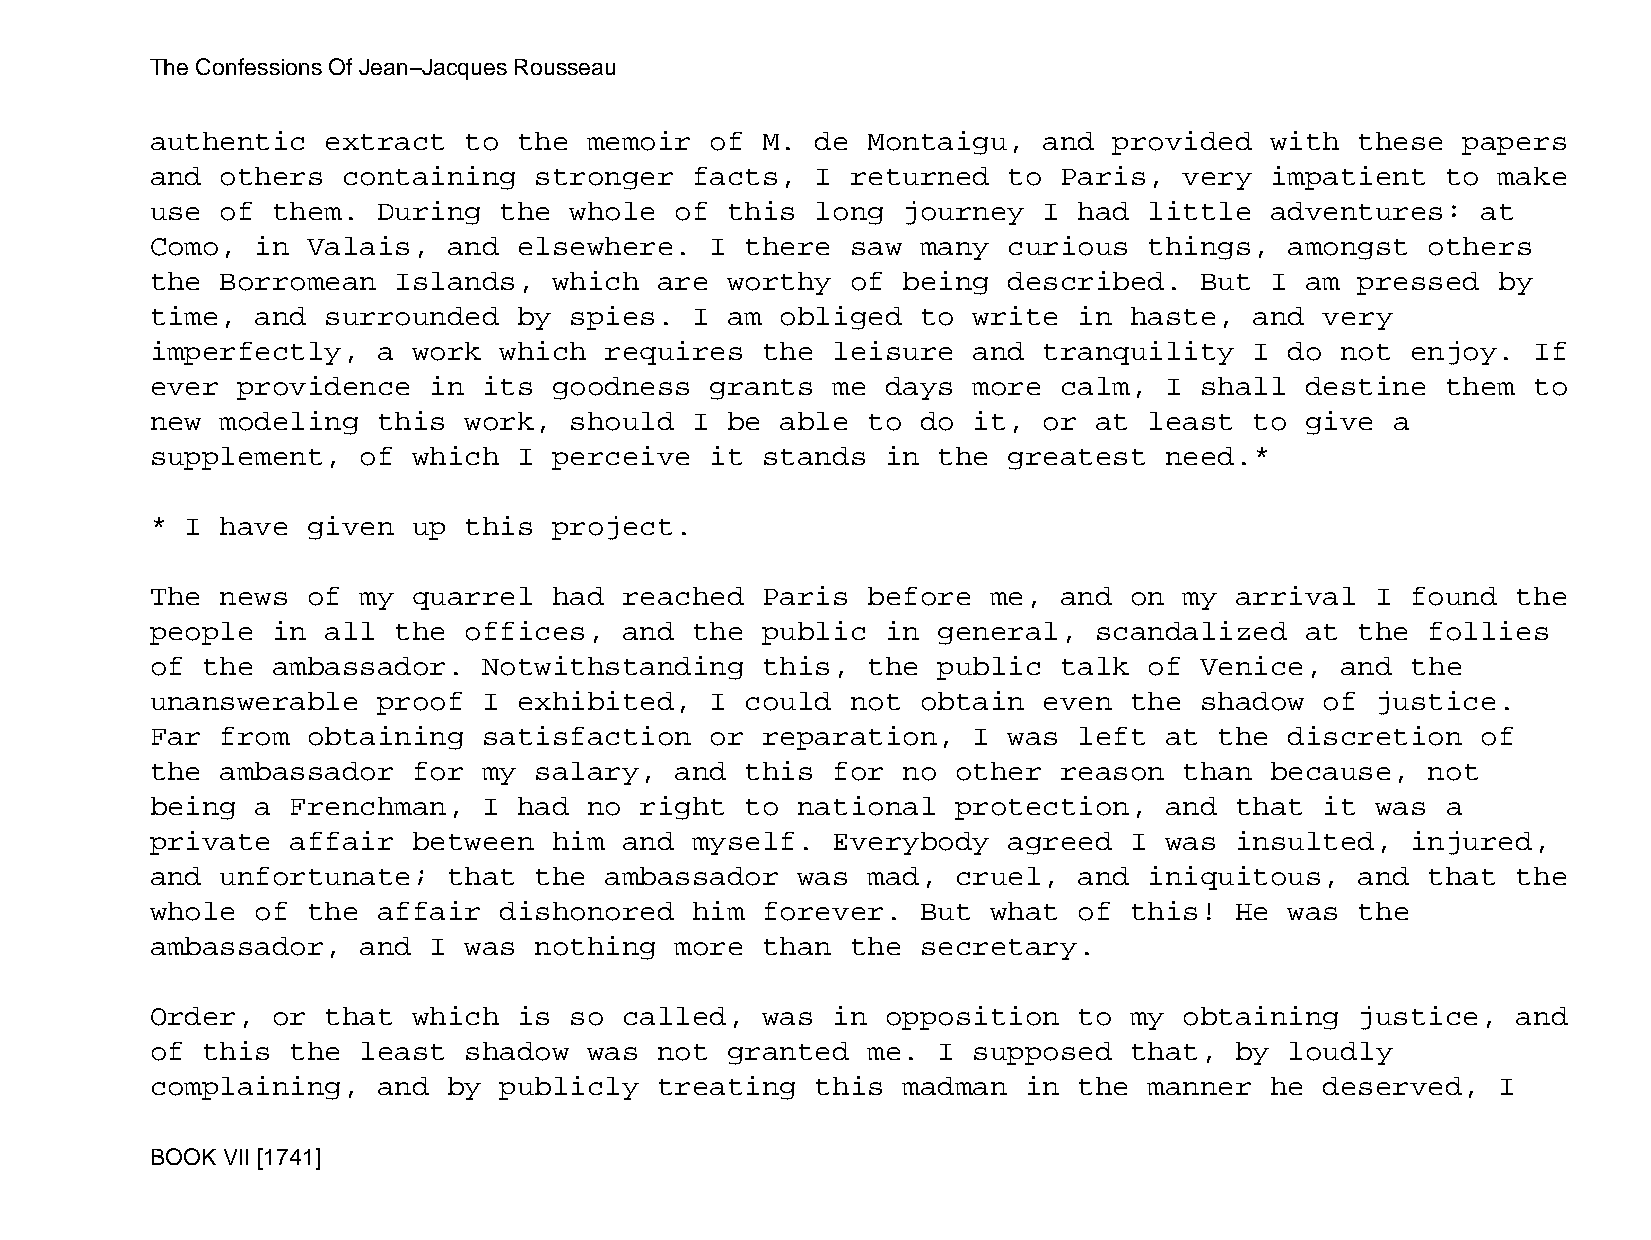
The Confessions Of Jean−Jacques Rousseau
 authentic   extract  to the  memoir  of M.  de Montaigu,   and  provided  with  these  papers
 and  others  containing  stronger   facts,  I returned   to Paris,  very  impatient   to make
 use  of them.  During  the  whole  of this  long  journey  I had  little  adventures:   at
 Como,  in Valais,   and elsewhere.   I there  saw  many  curious  things,  amongst   others
 the  Borromean  Islands,   which  are worthy  of  being  described.  But  I am  pressed  by
 time,  and  surrounded  by  spies.  I am  obliged  to write  in  haste,  and  very
 imperfectly,   a work  which  requires  the  leisure  and  tranquility   I do  not enjoy.  If
 ever  providence  in  its  goodness  grants  me  days more  calm,  I shall  destine   them to
 new  modeling  this  work,  should  I be  able to  do it,  or at  least  to give  a
 supplement,   of which  I  perceive  it stands   in the  greatest  need.*
 * I  have given  up  this  project.
 The  news of  my quarrel   had reached  Paris  before   me, and  on my  arrival  I found  the
 people  in  all the  offices,  and  the public   in general,  scandalized   at  the  follies
 of the  ambassador.   Notwithstanding   this,  the  public  talk  of Venice,   and the
 unanswerable   proof  I exhibited,   I could  not  obtain  even  the shadow   of justice.
 Far  from obtaining   satisfaction   or reparation,   I  was left  at  the discretion   of
 the  ambassador  for  my salary,   and this  for  no other  reason  than  because,   not
 being  a Frenchman,   I had  no right  to  national  protection,   and  that  it was  a
 private  affair  between   him and  myself.  Everybody   agreed  I was  insulted,  injured,
 and  unfortunate;   that the  ambassador   was mad,  cruel,  and  iniquitous,   and  that the
 whole  of the  affair  dishonored   him forever.   But  what of  this!  He was  the
 ambassador,   and I  was nothing   more than  the  secretary.
 Order,  or  that which  is  so called,  was  in  opposition  to  my obtaining   justice,  and
 of this  the  least  shadow  was  not granted  me.  I supposed   that,  by loudly
 complaining,   and  by publicly   treating  this  madman  in the  manner  he  deserved,  I
 BOOK VII [1741]